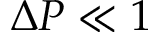
\Delta P \ll 1